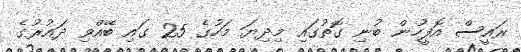
ރައީސް އޮފީހުން ބުނި ގޮތުގައި މިދިޔަ މަހުގެ 25 ގައި ބޭއްވި ދައުރުގެ